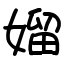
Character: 媹